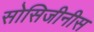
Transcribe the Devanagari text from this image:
सोसिजीनीस